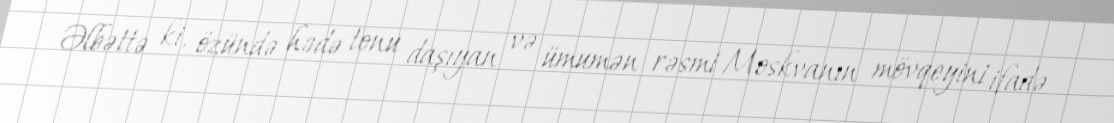
Əlbəttə ki, özündə hədə tonu daşıyan və ümumən rəsmi Moskvanın mövqeyini ifadə